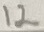
Text: 12